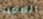
المعبد